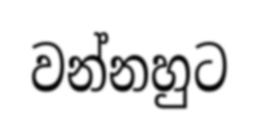
වන්නහුට